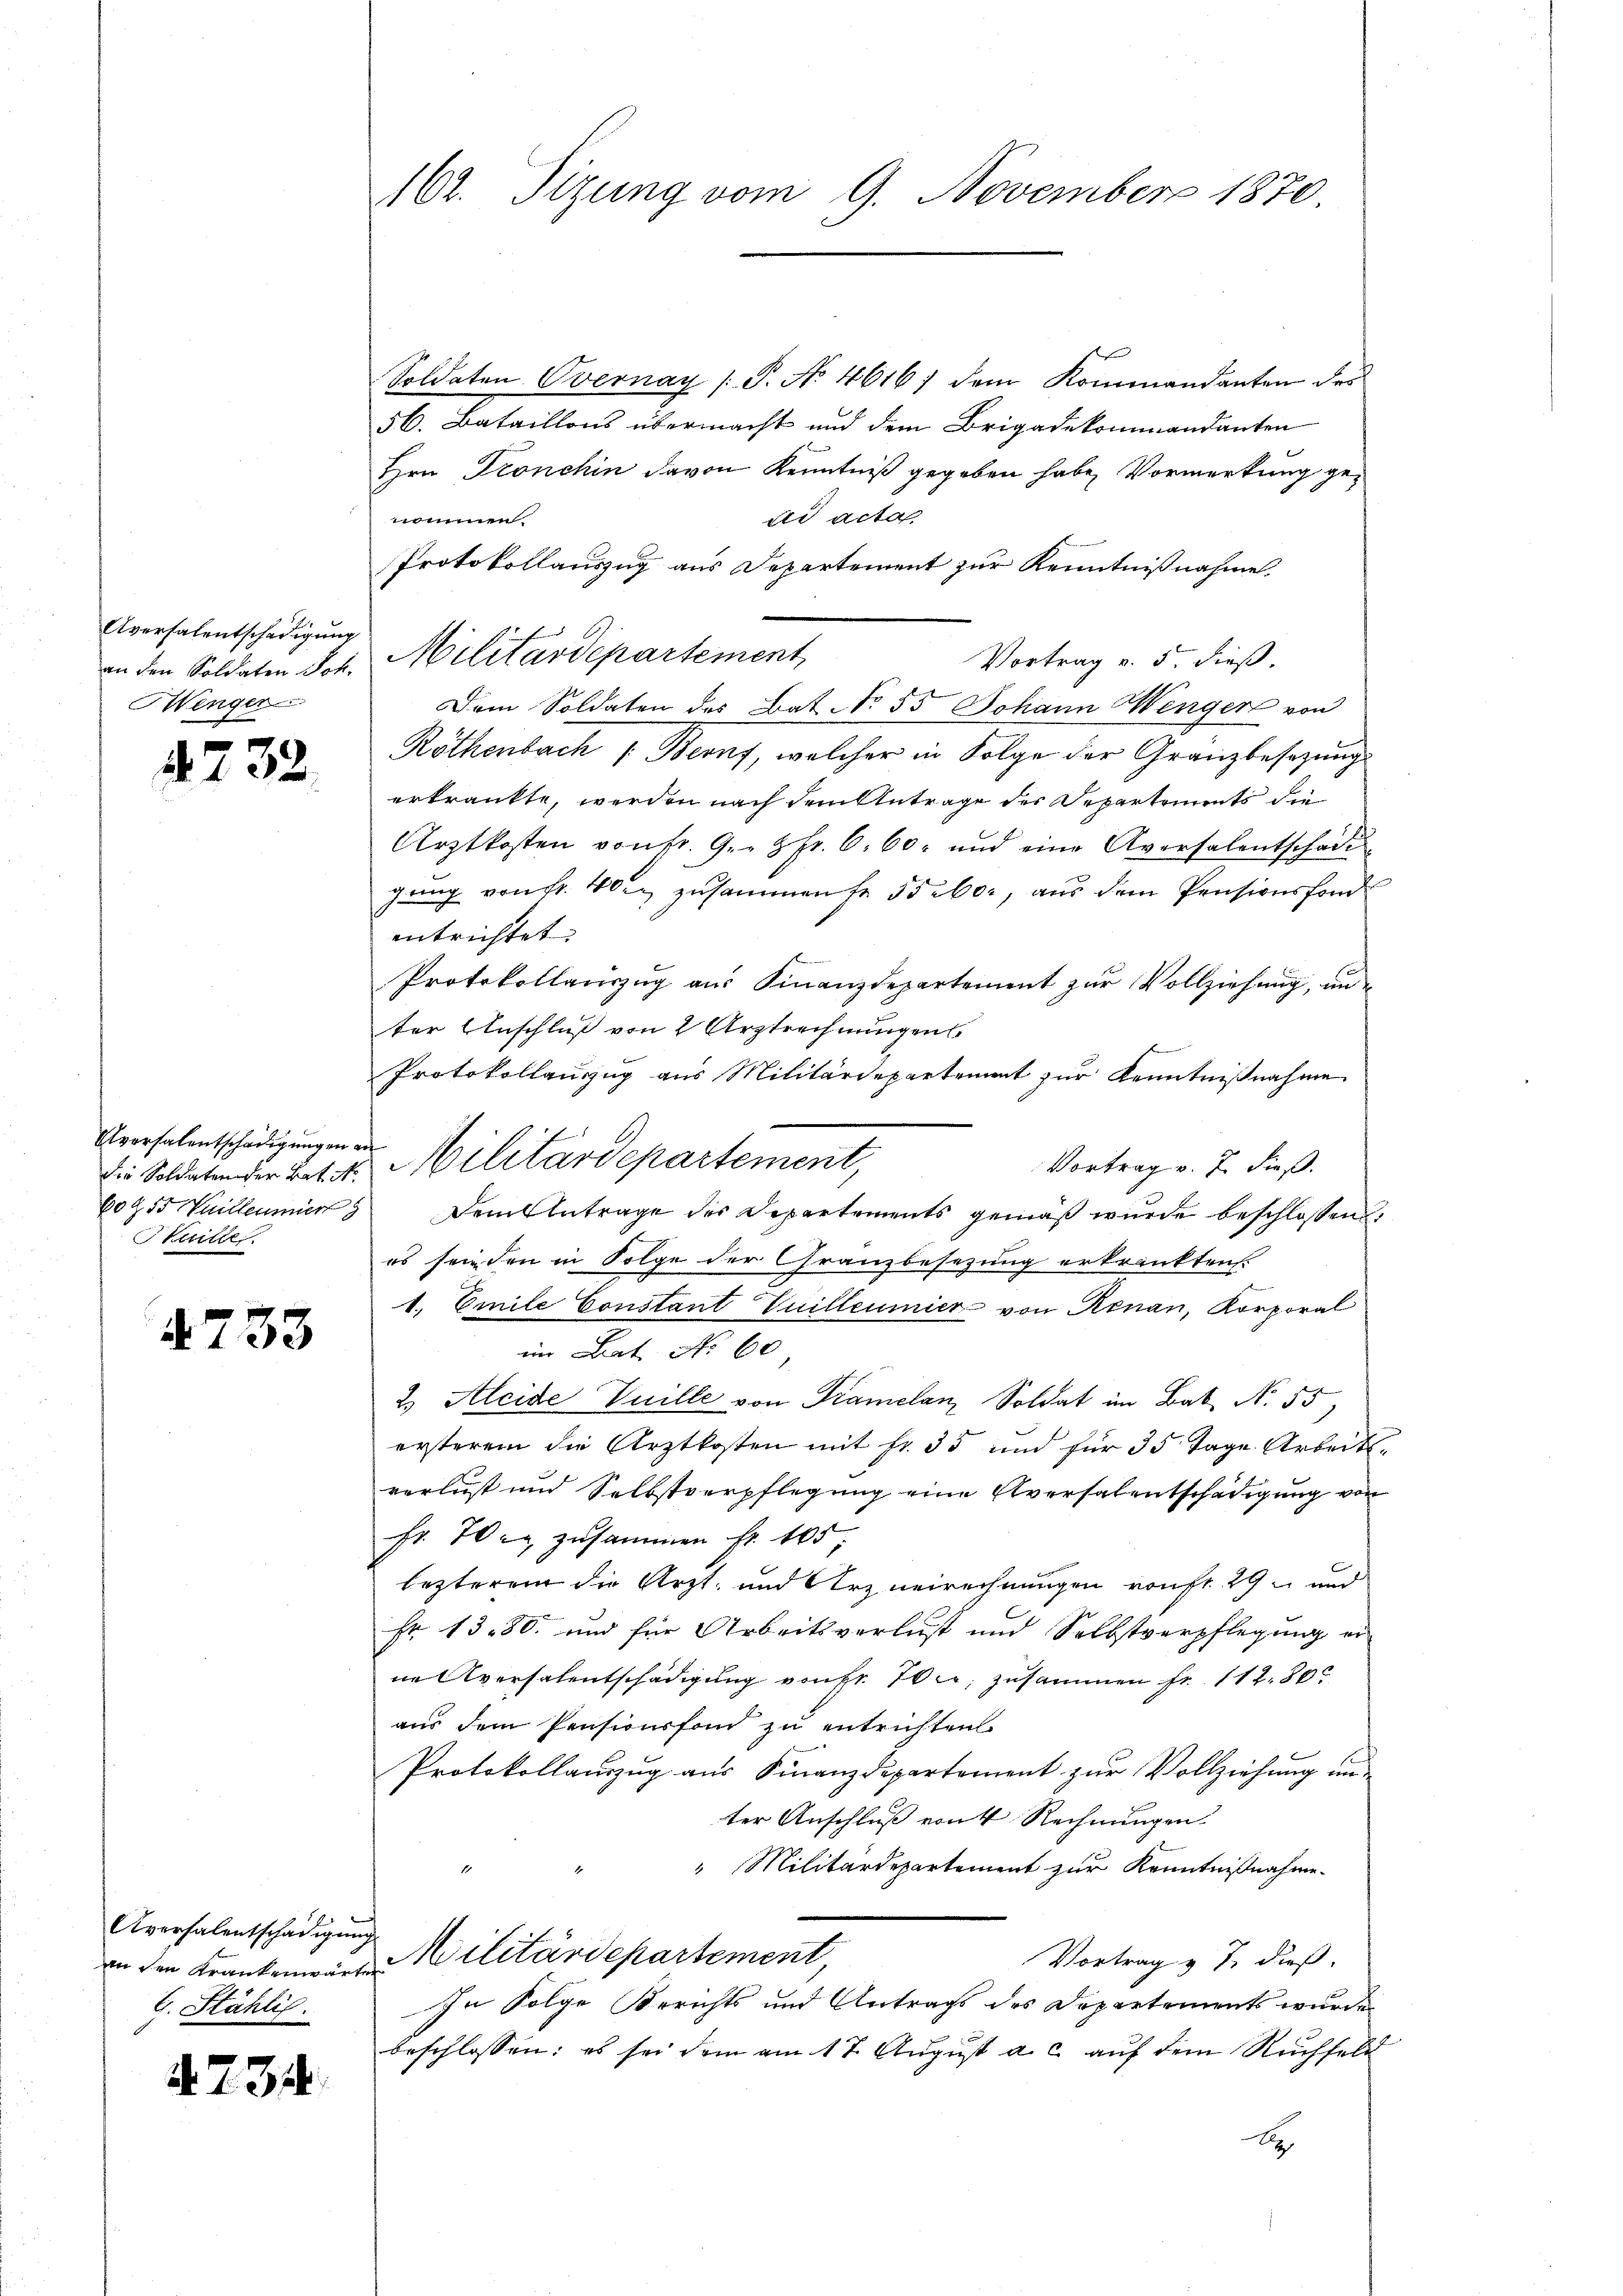
Aversalentschädigung
Wenger

4732.

Aversalentschädigungen an
609. 55 Vuillenmärk
Stuille

4733

Soldaten Overnay (P. No. 4616) dem Kommandanten des
56. Bataillons übermacht und dem Brigadekommandanten
Hrn. Tronchin davon Kenntniß gegeben habe, Vormerkung gead acta,
nommen.
Protokollauszug aus Departement zur Kenntnißnahme.
Vortrag v. 5. dieß.
Dem Soldaten des Bat. No. 55 Johann Menger von
Röthenbach Beruf, welcher in Folge der Granzbesezung
erkrankte, werden nach dem Antrage der Departements die
Arztkosten von fr. G. fr. 6. 60. und eine Aversalentschade
gung von fr. 40. zusammen fr 55 aber, aus dem Pensionsfonde
entrichtet. |
Protokollauszug aus Finanzdepartement zur Vollziehung, unter Anschluß von 2 Arztrechnungens
Protokollauszug aus Militärdepartement zur Kenntnißnahme
Vortrag v. 7. dieß.
Dem Antrage des Departements gemäß wurde beschlossen:
es seinden in Folge der Granzbesezung erkränkten.
1. Emile Constant Vuilleumier von Renau, Korporal
im Lat No 60
2) Aleide Vuille von Tramelan, Soldat im Bat. N. 55)
ersterem die Arztkosten mit fr. 35 und für 35 Tage Arbeitsverlust und Selbstverpflegung eine Aversalentschädigung von
Fr. 70 in zusammen fr. 10
lezteren die Arzt- und Arzneirechnungen von fr. 29 und
Fr 1380. und für Arbeitsverlust und Selbstverpflegung er-
ne Aversalentschädigung von Fr. 70, zusammen fr. 112. 80
aus dem Pensionsfond zu entrichten.
Protokollauszug aus Finanzdepartement zur Vollziehung un-
ter Anschluß von 4 Rechnungen.
" Militärdepartement zur Kenntnißnahme
Militärdepartement
Vortrag v. J. dieß.
In Folge Berichts und Antrags des Departements wurde
beschlossen: es sei dem am 17. August a. c. auf dem Ruchfeld
A

Aversalentschädigung
an den Krankenwärter
C. Stähli

4. 734.

162. Sizung vom 9. November 1870

an den Soldaten Joh. Militärdepartement,

die Soldaten der Bat. v. Militärdepartement,